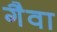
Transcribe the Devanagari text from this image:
गैवा